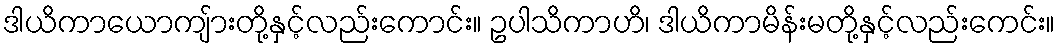
ဒါယိကာယောကျ်ားတို့နှင့်လည်းကောင်း။ ဥပါသိကာဟိ၊ ဒါယိကာမိန်းမတို့နှင့်လည်းကေင်း။